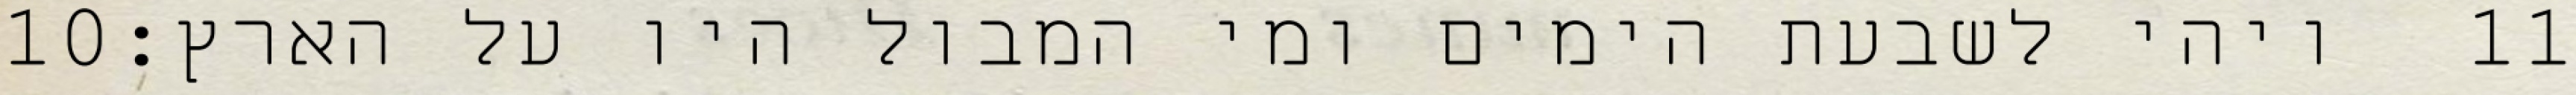
‎10‏ ויהי לשבעת הימים ומי המבול היו על הארץ׃ ‎11‏